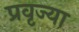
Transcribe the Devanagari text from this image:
प्रवृज्या